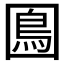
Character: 𡈙